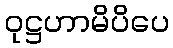
ဝုဋ္ဌဟာမိပိပေ